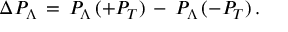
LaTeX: \Delta P _ { \Lambda } \, = \, P _ { \Lambda } \, ( + P _ { T } ) \, - \, P _ { \Lambda } \, ( - P _ { T } ) \, .